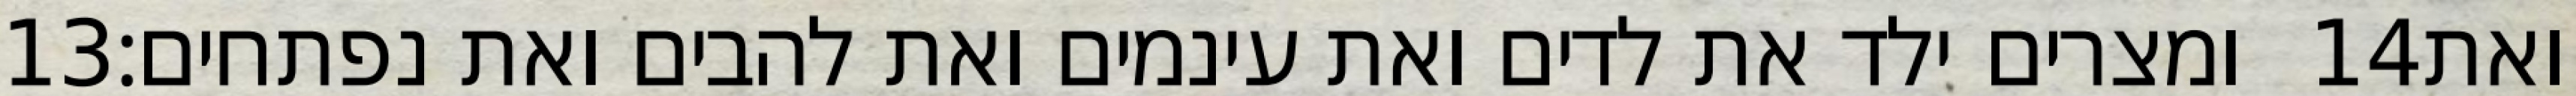
‎13‏ ומצרים ילד את לדים ואת עינמים ואת להבים ואת נפתחים׃ ‎14‏ ואת